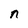
Character: n